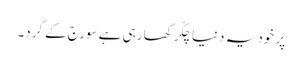
پر خود یہ دنیا چکّر کھا رہی ہے سورج کے گرد۔